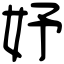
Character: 妤